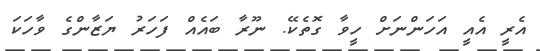
އެރީ އެއީ އަހަންނަށް ހީވާ ގޮތެކޭ. ނޫރާ ބައެއް ފަހަރު ޔަޒާންގެ ވާހަކަ